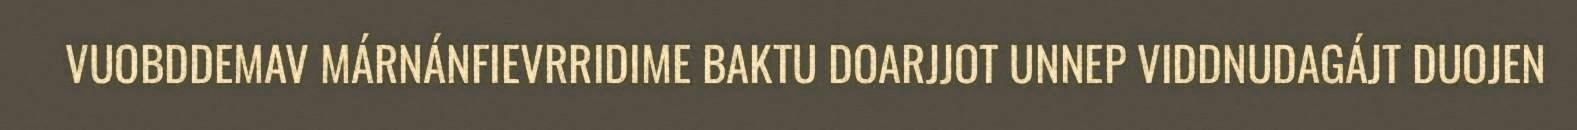
VUOBDDEMAV MÁRNÁNFIEVRRIDIME BAKTU DOARJJOT UNNEP VIDDNUDAGÁJT DUOJEN